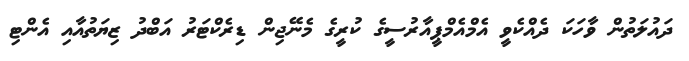
ދައުލަތުން ވާހަކަ ދެއްކެވީ އެމްއެމްޕީއާރުސީގެ ކުރީގެ މެނޭޖިން ޑިރެކްޓަރު އަބްދު ޒިޔަތުއާއި އެންޓި